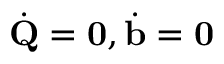
\dot { { \mathbf Q } } = { \mathbf 0 } , \dot { { \mathbf b } } = { \mathbf 0 }